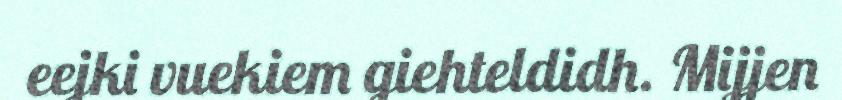
eejki vuekiem giehteldidh. Mijjen